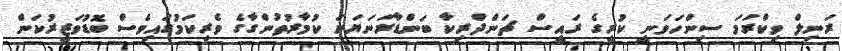
ރަނިލް ވިކްރަމަ ސިންހަވަނީ ކުރީގެ ރައީސް ޗަންދްރިކާ ބަންޑާރަނަޔަކަ ކުމާރުތުންގާގެ ވެރިކަމުގައިވެސް ބޮޑުވަޒީރުކަން